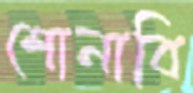
শোনাবি